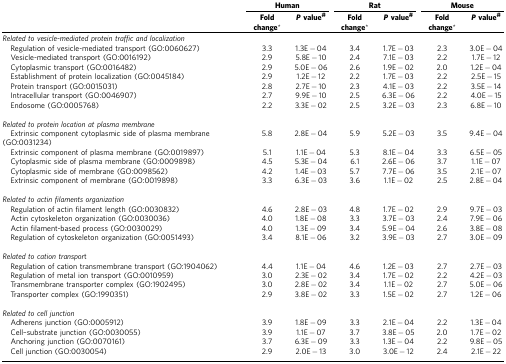
<table><thead><tr><td><b> </b></td><td colspan="2"><b>Human</b></td><td colspan="2"><b>Rat</b></td><td colspan="2"><b>Mouse</b></td></tr><tr><td><b> </b></td><td><b>Fold change*</b></td><td><b><i>P</i>value<sup>#</sup></b></td><td><b>Fold change*</b></td><td><b><i>P</i>value<sup>#</sup></b></td><td><b>Fold change*</b></td><td><b><i>P</i>value<sup>#</sup></b></td></tr></thead><tbody><tr><td colspan="7"><i>Related to vesicle-mediated protein traffic and localization</i></td></tr><tr><td> Regulation of vesicle-mediated transport (GO:0060627)</td><td>3.3</td><td>1.3E−04</td><td>3.4</td><td>1.7E−03</td><td>2.3</td><td>3.0E−04</td></tr><tr><td> Vesicle-mediated transport (GO:0016192)</td><td>2.9</td><td>5.8E−10</td><td>2.4</td><td>7.1E−03</td><td>2.2</td><td>1.7E−12</td></tr><tr><td> Cytoplasmic transport (GO:0016482)</td><td>2.9</td><td>5.0E−06</td><td>2.6</td><td>1.9E−02</td><td>2.0</td><td>1.2E−04</td></tr><tr><td> Establishment of protein localization (GO:0045184)</td><td>2.9</td><td>1.2E−12</td><td>2.2</td><td>1.7E−03</td><td>2.2</td><td>2.5E−15</td></tr><tr><td> Protein transport (GO:0015031)</td><td>2.8</td><td>2.7E−10</td><td>2.3</td><td>4.1E−03</td><td>2.2</td><td>3.5E−14</td></tr><tr><td> Intracellular transport (GO:0046907)</td><td>2.7</td><td>9.9E−10</td><td>2.5</td><td>6.3E−06</td><td>2.2</td><td>4.0E−15</td></tr><tr><td> Endosome (GO:0005768)</td><td>2.2</td><td>3.3E−02</td><td>2.5</td><td>3.2E−03</td><td>2.3</td><td>6.8E−10</td></tr><tr><td> </td><td> </td><td> </td><td> </td><td> </td><td> </td><td> </td></tr><tr><td colspan="7"><i>Related to protein location at plasma membrane</i></td></tr><tr><td> Extrinsic component cytoplasmic side of plasma membrane (GO:0031234)</td><td>5.8</td><td>2.8E−04</td><td>5.9</td><td>5.2E−03</td><td>3.5</td><td>9.4E−04</td></tr><tr><td> Extrinsic component of plasma membrane (GO:0019897)</td><td>5.1</td><td>1.1E−04</td><td>5.3</td><td>8.1E−04</td><td>3.3</td><td>6.5E−05</td></tr><tr><td> Cytoplasmic side of plasma membrane (GO:0009898)</td><td>4.5</td><td>5.3E−04</td><td>6.1</td><td>2.6E−06</td><td>3.7</td><td>1.1E−07</td></tr><tr><td> Cytoplasmic side of membrane (GO:0098562)</td><td>4.2</td><td>1.4E−03</td><td>5.7</td><td>7.7E−06</td><td>3.5</td><td>2.1E−07</td></tr><tr><td> Extrinsic component of membrane (GO:0019898)</td><td>3.3</td><td>6.3E−03</td><td>3.6</td><td>1.1E−02</td><td>2.5</td><td>2.8E−04</td></tr><tr><td> </td><td> </td><td> </td><td> </td><td> </td><td> </td><td> </td></tr><tr><td><i>Related to actin filaments organization</i></td><td> </td><td> </td><td> </td><td> </td><td> </td><td> </td></tr><tr><td> Regulation of actin filament length (GO:0030832)</td><td>4.6</td><td>2.8E−03</td><td>4.8</td><td>1.7E−02</td><td>2.9</td><td>9.7E−03</td></tr><tr><td> Actin cytoskeleton organization (GO:0030036)</td><td>4.0</td><td>1.8E−08</td><td>3.3</td><td>3.7E−03</td><td>2.4</td><td>7.9E−06</td></tr><tr><td> Actin filament-based process (GO:0030029)</td><td>4.0</td><td>1.3E−09</td><td>3.4</td><td>5.9E−04</td><td>2.6</td><td>3.8E−08</td></tr><tr><td> Regulation of cytoskeleton organization (GO:0051493)</td><td>3.4</td><td>8.1E−06</td><td>3.2</td><td>3.9E−03</td><td>2.7</td><td>3.0E−09</td></tr><tr><td> </td><td> </td><td> </td><td> </td><td> </td><td> </td><td> </td></tr><tr><td colspan="7"><i>Related to cation transpor</i>t</td></tr><tr><td> Regulation of cation transmembrane transport (GO:1904062)</td><td>4.4</td><td>1.1E−04</td><td>4.6</td><td>1.2E−03</td><td>2.7</td><td>2.7E−03</td></tr><tr><td> Regulation of metal ion transport (GO:0010959)</td><td>3.0</td><td>2.3E−02</td><td>3.4</td><td>1.7E−02</td><td>2.2</td><td>4.2E−03</td></tr><tr><td> Transmembrane transporter complex (GO:1902495)</td><td>3.0</td><td>2.8E−02</td><td>3.4</td><td>1.1E−02</td><td>2.7</td><td>5.0E−06</td></tr><tr><td> Transporter complex (GO:1990351)</td><td>2.9</td><td>3.8E−02</td><td>3.3</td><td>1.5E−02</td><td>2.7</td><td>1.2E−06</td></tr><tr><td> </td><td> </td><td> </td><td> </td><td> </td><td> </td><td> </td></tr><tr><td colspan="7"><i>Related to cell junction</i></td></tr><tr><td> Adherens junction (GO:0005912)</td><td>3.9</td><td>1.8E−09</td><td>3.3</td><td>2.1E−04</td><td>2.2</td><td>1.3E−04</td></tr><tr><td> Cell–substrate junction (GO:0030055)</td><td>3.9</td><td>1.1E−07</td><td>3.7</td><td>3.8E−05</td><td>2.0</td><td>1.7E−02</td></tr><tr><td> Anchoring junction (GO:0070161)</td><td>3.7</td><td>6.3E−09</td><td>3.3</td><td>1.3E−04</td><td>2.2</td><td>9.8E−05</td></tr><tr><td> Cell junction (GO:0030054)</td><td>2.9</td><td>2.0E−13</td><td>3.0</td><td>3.0E−12</td><td>2.4</td><td>2.1E−22</td></tr></tbody></table>